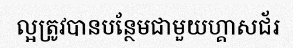
ល្អត្រូវបានបន្ថែមជាមួយហ្គាសជ័រ